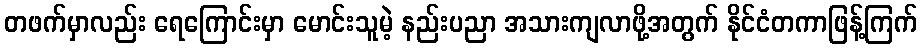
တဖက်မှာလည်း ရေကြောင်းမှာ မောင်းသူမဲ့ နည်းပညာ အသားကျလာဖို့အတွက် နိုင်ငံတကာဖြန့်ကြက်